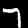
Label: 7